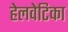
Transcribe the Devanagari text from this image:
हेलवेटिका